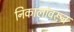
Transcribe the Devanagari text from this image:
निकालांवरून